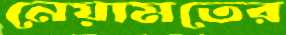
নেয়ামতের